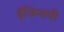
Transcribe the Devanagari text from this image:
ईजिप्तची